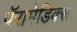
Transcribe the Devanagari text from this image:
पॅरामेडिक्स